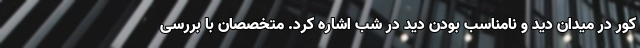
کور در میدان دید و نامناسب بودن دید در شب اشاره کرد. متخصصان با بررسی